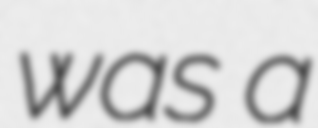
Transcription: was a